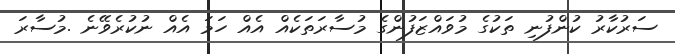
ސަރުކާރު ކުންފުނި ތަކުގެ މުވައްޒަފުންގެ މުސާރަތަކެއް އެއް ހަމަ އެއް ނުކުރެވޭނެ .މުސާރަ